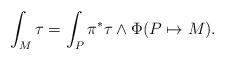
LaTeX: \begin{align*}\int_{M} \tau = \int_{P} \pi^{*}\tau\wedge \Phi(P\mapsto M). \end{align*}